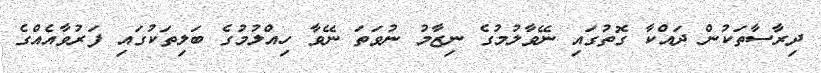
ދިރާސާތަކުން ދައްކާ ގޮތުގައި ނޭވާލުމުގެ ނިޒާމު ނުވަތަ ނޭވާ ހިއްލުމުގެ ބަލިތަކުގައި ފަރުވާއެއްގެ